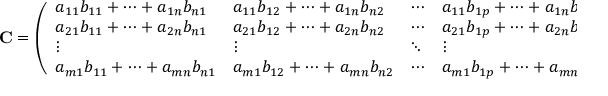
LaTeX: \mathbf { C } = { \left( \begin{array} { l l l l } { a _ { 1 1 } b _ { 1 1 } + \cdots + a _ { 1 n } b _ { n 1 } } & { a _ { 1 1 } b _ { 1 2 } + \cdots + a _ { 1 n } b _ { n 2 } } & { \cdots } & { a _ { 1 1 } b _ { 1 p } + \cdots + a _ { 1 n } b _ { n p } } \\ { a _ { 2 1 } b _ { 1 1 } + \cdots + a _ { 2 n } b _ { n 1 } } & { a _ { 2 1 } b _ { 1 2 } + \cdots + a _ { 2 n } b _ { n 2 } } & { \cdots } & { a _ { 2 1 } b _ { 1 p } + \cdots + a _ { 2 n } b _ { n p } } \\ { \vdots } & { \vdots } & { \ddots } & { \vdots } \\ { a _ { m 1 } b _ { 1 1 } + \cdots + a _ { m n } b _ { n 1 } } & { a _ { m 1 } b _ { 1 2 } + \cdots + a _ { m n } b _ { n 2 } } & { \cdots } & { a _ { m 1 } b _ { 1 p } + \cdots + a _ { m n } b _ { n p } } \end{array} \right) }